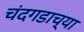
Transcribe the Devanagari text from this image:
चंदगडाच्या